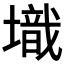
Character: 𡑌